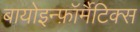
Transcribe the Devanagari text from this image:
बायोइन्फ़ॉर्मैटिक्स